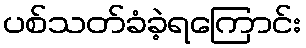
ပစ်သတ်ခံခဲ့ရကြောင်း